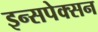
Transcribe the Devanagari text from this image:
इन्सपेक्सन